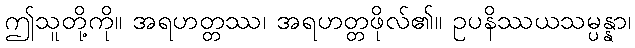
ဤသူတို့ကို။ အရဟတ္တဿ၊ အရဟတ္တဖိုလ်၏။ ဥပနိဿယသမ္ပန္နာ၊